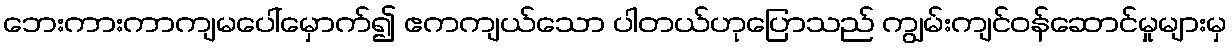
ဘေးကားကာကျမပေါ်မှောက်၍ ဧကကျယ်သော ပါတယ်ဟုပြောသည် ကျွမ်းကျင်ဝန်ဆောင်မှုများမှ